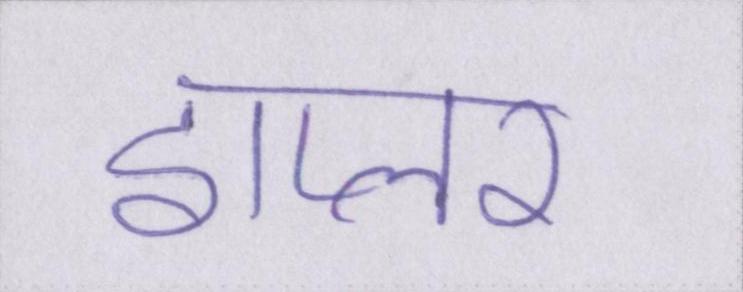
डाप्लर